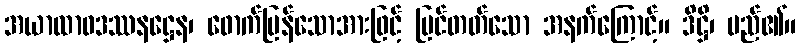
အယာထာဝဒဿနဋ္ဌေန၊ ဖောက်ပြန်သောအားဖြင့် မြင်တတ်သော အနက်ကြောင့်။ ဒိဋ္ဌိ၊ မည်၏။